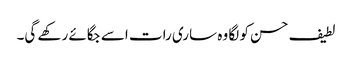
لطیف حسن کو لگا وہ ساری رات اسے جگائے رکھے گی۔